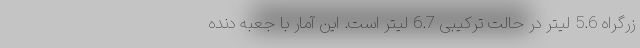
زرگراه 5.6 لیتر در حالت ترکیبی 6.7 لیتر است. این آمار با جعبه دنده